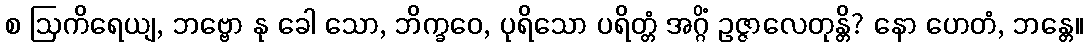
စ ဩကိရေယျ, ဘဗ္ဗော နု ခေါ သော, ဘိက္ခဝေ, ပုရိသော ပရိတ္တံ အဂ္ဂိံ ဥဇ္ဇာလေတုန္တိ? နော ဟေတံ, ဘန္တေ။